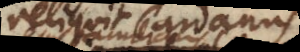
reliquit Cardanus,